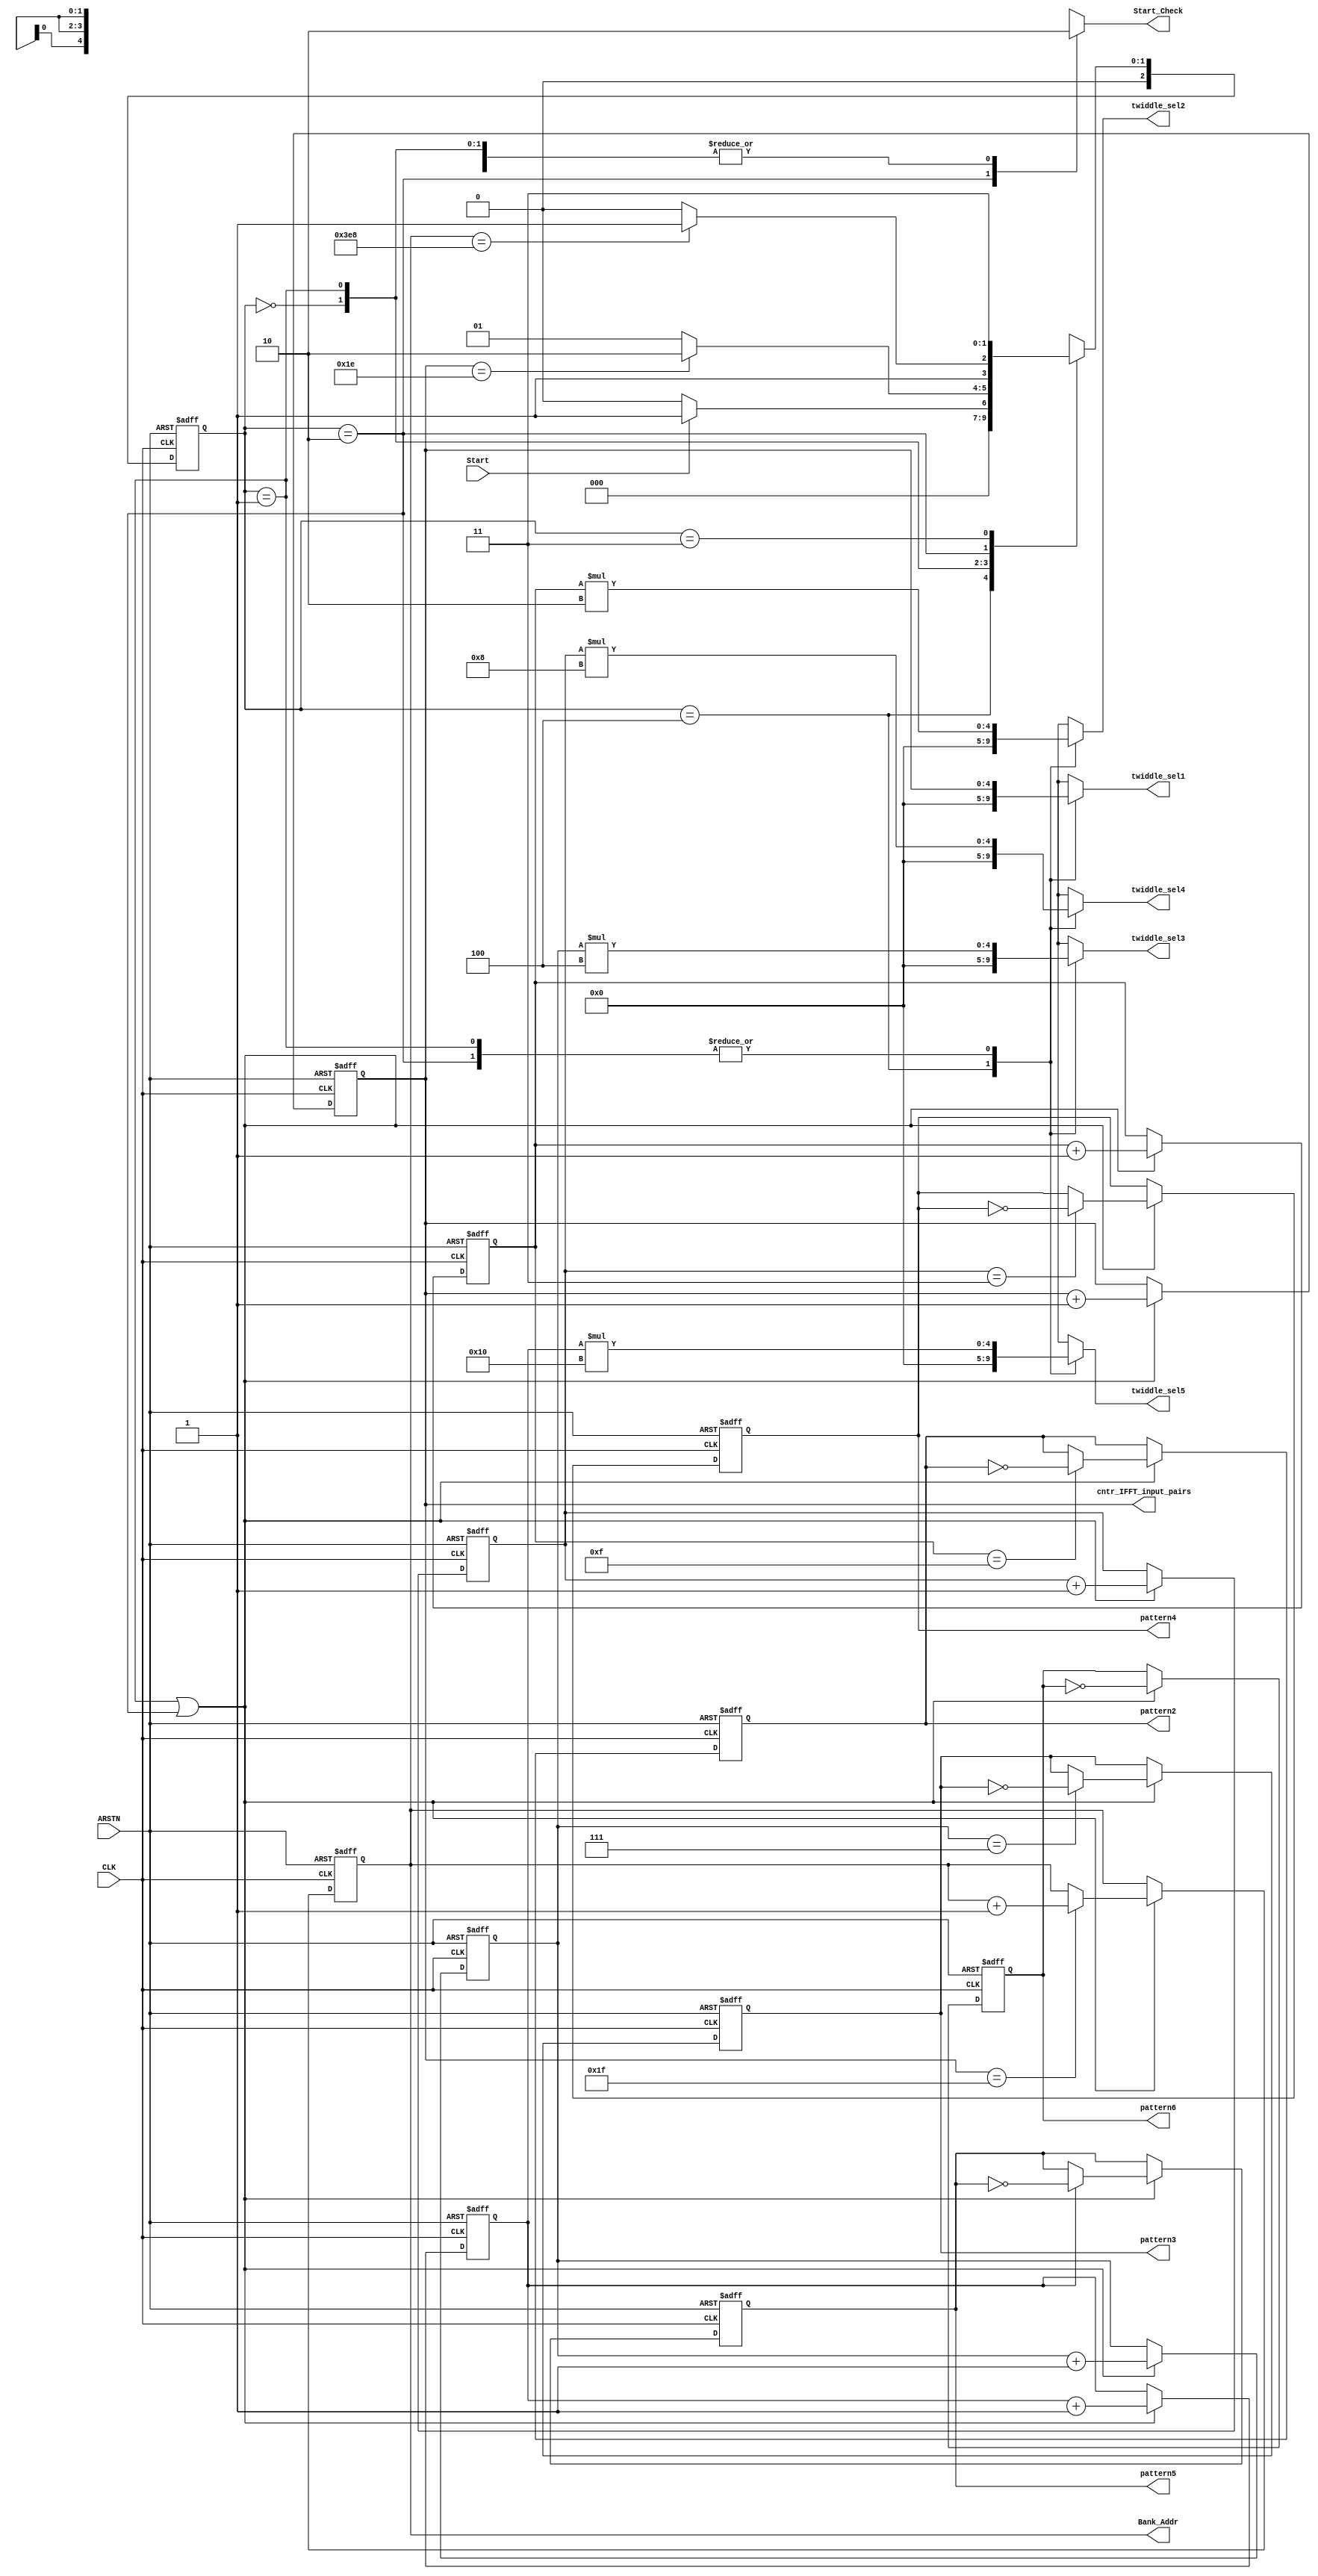
// Input ports
// clk             -clock signal
// arstn           -reset the system (asynchronous reset, active low)
// start           -start IFFT calculation

// Output ports
// start_check     -COMB; signal to testbench, activated when the first effective result is generated at the output of the IFFT pipeline (active high)
// Bank_Addr       -SYNC, to provide DUT inputs (ifft_in0 and ifft_in1) according to testcase (10 bits)
// twiddle_sel1    -COMB control signal, to select twiddle factors for the 1st layer in the 64IFFT pipeline
// twiddle_sel2    -COMB control signal, to select twiddle factors for the 2nd layer in the 64IFFT pipeline
// twiddle_sel3    -COMB control signal, to select twiddle factors for the 3rd layer in the 64IFFT pipeline
// twiddle_sel4    -COMB control signal, to select twiddle factors for the 4th layer in the 64IFFT pipeline
// twiddle_sel5    -COMB control signal, to select twiddle factors for the 5th layer in the 64IFFT pipeline
// pattern2        -SYNC control signal, to contol the communator at the 2nd layer in the 64IFFT pipeline
// pattern3        -SYNC control signal, to contol the communator at the 3rd layer in the 64IFFT pipeline
// pattern4        -SYNC control signal, to contol the communator at the 4th layer in the 64IFFT pipeline
// pattern5        -SYNC control signal, to contol the communator at the 5th layer in the 64IFFT pipeline
// pattern6        -SYNC control signal, to contol the communator at the 6th layer in the 64IFFT pipeline
// cntr_IFFT_input_pairs -SYNC, count 32 cycles for the IFFT Pipeline (before valid result shows up at ifft_out0 and ifft_out1)

module ifft_ctrl
    (
        input CLK,
        input ARSTN,
        input Start,
        output reg Start_Check = 1'b0,
        output reg [9:0] Bank_Addr = 10'b0,
        output reg [4:0] twiddle_sel1 = 5'b0,
        output reg [4:0] twiddle_sel2 = 5'b0,
        output reg [4:0] twiddle_sel3 = 5'b0,
        output reg [4:0] twiddle_sel4 = 5'b0,
        output reg [4:0] twiddle_sel5 = 5'b0,
        output reg pattern2 = 1'b0,
        output reg pattern3 = 1'b0,
        output reg pattern4 = 1'b0,
        output reg pattern5 = 1'b0,
        output reg pattern6 = 1'b0,
        output reg [4:0] cntr_IFFT_input_pairs = 5'b0
    );
    
    localparam LAST_TEST_CASE = 10'd1000;
    localparam INIT_LATENCY = 5'd31;

    // State definitions
    localparam IDLE = 3'd0;
    localparam INIT = 3'd1;
    localparam CAL = 3'd2;
    localparam DONE = 3'd3;
    localparam RESET = 3'd4;

    reg [2:0] current_State = IDLE;
    reg [2:0] next_State = IDLE;

    // We can use cntr_IFFT_input_pairs as twiddle_layer1_cntr
    localparam LAYER_TWO_OVERFLOW = 15;
    localparam LAYER_THREE_OVERFLOW = 7;
    localparam LAYER_FOUR_OVERFLOW = 3;
    localparam LAYER_FIVE_OVERFLOW = 1;
    reg [3:0] twiddle_layer2_cntr = 4'b0;   // Period is [0,2,4,...,30]. 16 different values
    reg [2:0] twiddle_layer3_cntr = 3'b0;   // Period is [0,4,8,...,28]. 8 different values
    reg [1:0] twiddle_layer4_cntr = 2'b0;   // Period is [0,8,16,24]. 4 different values
    reg twiddle_layer5_cntr = 1'b0;         // Period is [0,16]. 2 different values

    // Code FSM in similar fashion to Two-Always Block FSM Style (But not quite. eg. cntr_IFFT_input_pairs is output, but we do it sequentially)
    // - One for SEQUENTIAL state register
    // - One for COMBINATIONAL next state generation & COMBINATIONAL output logic generation
    // https://course.cutm.ac.in/wp-content/uploads/2020/06/Lec-4.pdf
    // https://courses.cs.washington.edu/courses/cse370/99sp/sections/may18/slides/sld002.htm

    /************************************ SEQUENTIAL STATE LOGIC ************************************/
    always @ (posedge CLK or negedge ARSTN) begin
        if (!ARSTN) begin
            current_State <= RESET;

            // Reset all synchronous internal signals
            twiddle_layer2_cntr <= 0;
            twiddle_layer3_cntr <= 0;
            twiddle_layer4_cntr <= 0;
            twiddle_layer5_cntr <= 0;

            // Reset all synchronous output signals
            Bank_Addr <= 0;
            cntr_IFFT_input_pairs <= 0;
            pattern2 <= 0;
            pattern3 <= 0;
            pattern4 <= 0;
            pattern5 <= 0;
            pattern6 <= 0;
        end
        else begin
            current_State <= next_State;

            if (current_State == INIT || current_State == CAL) begin
                // BFU1: (0,32),(1,33),(2,34),...,(31,63)
                // BFU2: (0,16),(1,17),...,(15,31) , (32,48),(33,49),...,(47,63)
                // commutator2: Active between clockCycles 16-31. Flips 16 pairs of inputs; (16,32),(17,33),(18,34),...,(31,47)
                // commutator3: Active between clockCycles 24-31. Flips 8 pairs of inputs;  (8,16),(9,17),(10,18),...,(15,23)

                // Basically, we want patternx to toggle between every overflow of it's corresponding twiddle_layerx_cntr
                // We know that overflow (for unsigned numbers) occurs when the sum is smaller than it's constituents
                // patternx is an output signal, but it is a SEQUENTIAL output signal
                // This is because patternx needs MEMORY of it's previous state (to toggle appropriately)
                // Check if overflow will occur in the next cycle. If it will, then toggle the patternx signal on the next clockCycle.
                pattern2 <= (twiddle_layer2_cntr == LAYER_TWO_OVERFLOW) ? (pattern2 ^ 1) : (pattern2);
                pattern3 <= (twiddle_layer3_cntr == LAYER_THREE_OVERFLOW ) ? (pattern3 ^ 1) : (pattern3);
                pattern4 <= (twiddle_layer4_cntr == LAYER_FOUR_OVERFLOW) ? (pattern4 ^ 1) : (pattern4);
                pattern5 <= (twiddle_layer5_cntr == LAYER_FIVE_OVERFLOW) ? (pattern5 ^ 1) : (pattern5);
                pattern6 <= pattern6 ^ 1;

                cntr_IFFT_input_pairs <= cntr_IFFT_input_pairs + 1;
                twiddle_layer2_cntr <= twiddle_layer2_cntr + 1;
                twiddle_layer3_cntr <= twiddle_layer3_cntr + 1;
                twiddle_layer4_cntr <= twiddle_layer4_cntr + 1;
                twiddle_layer5_cntr <= twiddle_layer5_cntr + 1;

                // We have provided all 64 inputs (32 into ifft_in0, 32 into ifft_in1) into IFFT Pipeline.
                // Move on to next testCase of DUT inputs
                if (cntr_IFFT_input_pairs == INIT_LATENCY) begin
                    Bank_Addr <= Bank_Addr + 1;
                end
            end
        end
    end


    /************************************ COMBINATIONAL NEXT-STATE GENERATION ************************************/
    always @ (current_State, Start, cntr_IFFT_input_pairs, Bank_Addr) begin
        next_State = 2'bx;
        
        case (current_State)
            RESET: begin
                next_State = IDLE;
            end

            IDLE: begin
                if (Start) next_State = INIT;
                else next_State = IDLE;
            end

            INIT: begin
                if (cntr_IFFT_input_pairs == INIT_LATENCY-1) next_State = CAL;
                else next_State = INIT;
            end

            CAL: begin
                if (Bank_Addr == LAST_TEST_CASE) next_State = DONE;
                else next_State = CAL;
            end

            DONE: begin
                next_State = DONE;
            end
        endcase
    end


    /************************************ COMBINATIONAL INTERNAL AND OUTPUT CONTROL SIGNALS (Twiddle and Communator) ************************************/
    always @ (*) begin
        Start_Check = 1'bx;
        twiddle_sel1 = 5'bx;
        twiddle_sel2 = 5'bx;
        twiddle_sel3 = 5'bx;
        twiddle_sel4 = 5'bx;
        twiddle_sel5 = 5'bx;

        case (current_State)
            RESET: begin
                // Reset combinational output signals
                Start_Check = 0;
                twiddle_sel1 = 0;
                twiddle_sel2 = 0;
                twiddle_sel3 = 0;
                twiddle_sel4 = 0;
                twiddle_sel5 = 0;
            end

            IDLE: begin
                Start_Check = 1'b0;

                twiddle_sel1 = 5'dx;
                twiddle_sel2 = 5'dx;
                twiddle_sel3 = 5'dx;
                twiddle_sel4 = 5'dx;
                twiddle_sel5 = 5'dx;
            end

            // Each BFU receives 32 paired inputs through it's input ports in0 and in1
            // LAYER 1: [(in0,in32), (in1,in33), ..., (in31,in63)]
            // LAYER 2: ["FIRST HALF" --> (in0,in16), (in1,in17), ... , (in15,in31), ... ,
            //           "SECOND HALF" -> (in32,in48), (in33,in49), ... , (in47,in63)]

            // We stay in this state for exactly 32 cycles (numCycles required for FIRST valid output of FIRST testCase to show up at ifft_out0 and ifft_out1)
            INIT: begin
                Start_Check = 1'b0;

                // twiddle_sel1: Picks between W0(in0 & in32), W1(in1 & in33), ... , W31(in31 & in63)
                // twiddle_sel2: Picks between W0(in0 & in16, in32 & in48), W2(in1 & in17, in33 & in49), ... , W30(in15 & in31, in47 & in63)
                // twiddle_sel3: Picks between W0,W4,...,W28
                // twiddle_sel4: Picks between W0,W8,...,W24
                // twiddle_sel5: Picks between W0,W16
                // NOTE: The twiddle_layerx_cntr counters will OVERFLOW and reset back to 0. This is intended behaviour.
                twiddle_sel1 = cntr_IFFT_input_pairs;
                twiddle_sel2 = twiddle_layer2_cntr*2;
                twiddle_sel3 = twiddle_layer3_cntr*4;
                twiddle_sel4 = twiddle_layer4_cntr*8;
                twiddle_sel5 = twiddle_layer5_cntr*16;
            end

            CAL: begin
                Start_Check = 1'b1;

                twiddle_sel1 = cntr_IFFT_input_pairs;
                twiddle_sel2 = twiddle_layer2_cntr*2;
                twiddle_sel3 = twiddle_layer3_cntr*4;
                twiddle_sel4 = twiddle_layer4_cntr*8;
                twiddle_sel5 = twiddle_layer5_cntr*16;
            end

            DONE: begin
                // Remain in this state forever
                Start_Check = 1'b0;
            end
        endcase
    end

endmodule